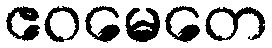
ဧဝမေတေ